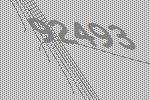
92493